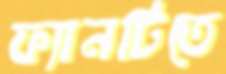
ফ্যানটিতে